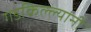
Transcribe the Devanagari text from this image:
गडकिल्ल्यांनी